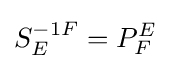
S_{E}^{-1F}=P_{F}^{E}